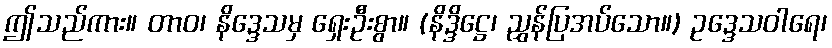
ဤသည်ကား။ တာဝ၊ နိဒ္ဒေသမှ ရှေးဦးစွာ။ (နိဒ္ဒိဋ္ဌေ၊ ညွှန်ပြအပ်သော။) ဥဒ္ဒေသဝါရေ၊